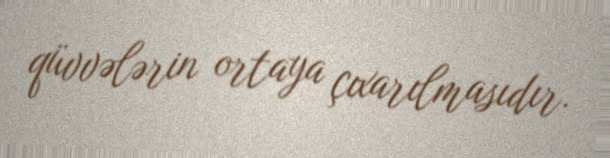
qüvvələrin ortaya çıxarılmasıdır.